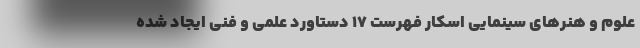
علوم و هنرهای سینمایی اسکار فهرست ۱۷ دستاورد علمی و فنی ایجاد شده